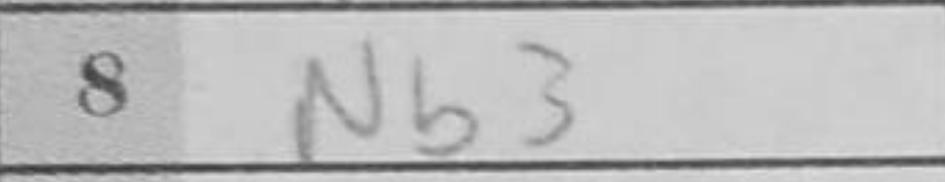
Transcription: Nb3